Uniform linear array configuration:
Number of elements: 4
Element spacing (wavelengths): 0.5
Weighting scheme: uniform
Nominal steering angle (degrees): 0
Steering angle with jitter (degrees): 0.8518
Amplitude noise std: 0.05
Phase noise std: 0.05

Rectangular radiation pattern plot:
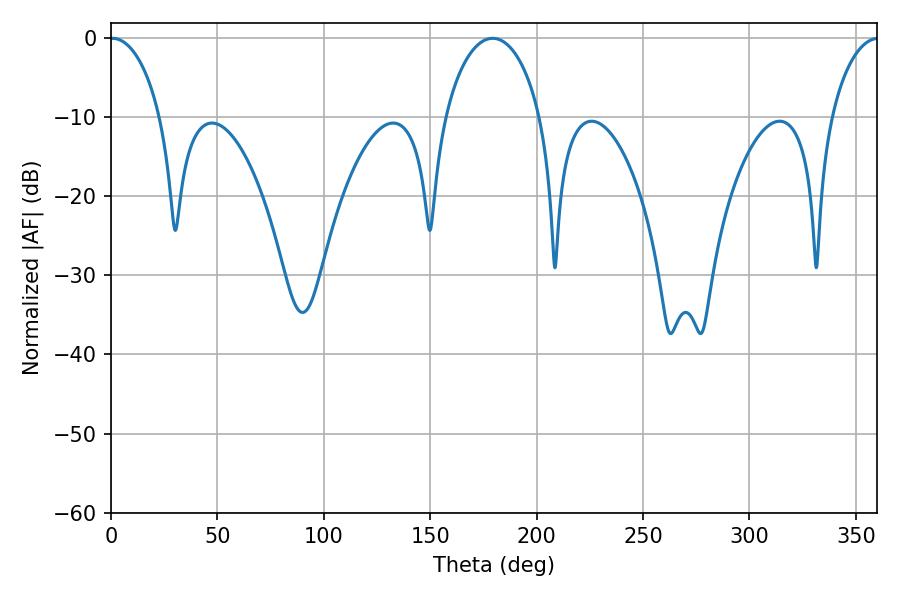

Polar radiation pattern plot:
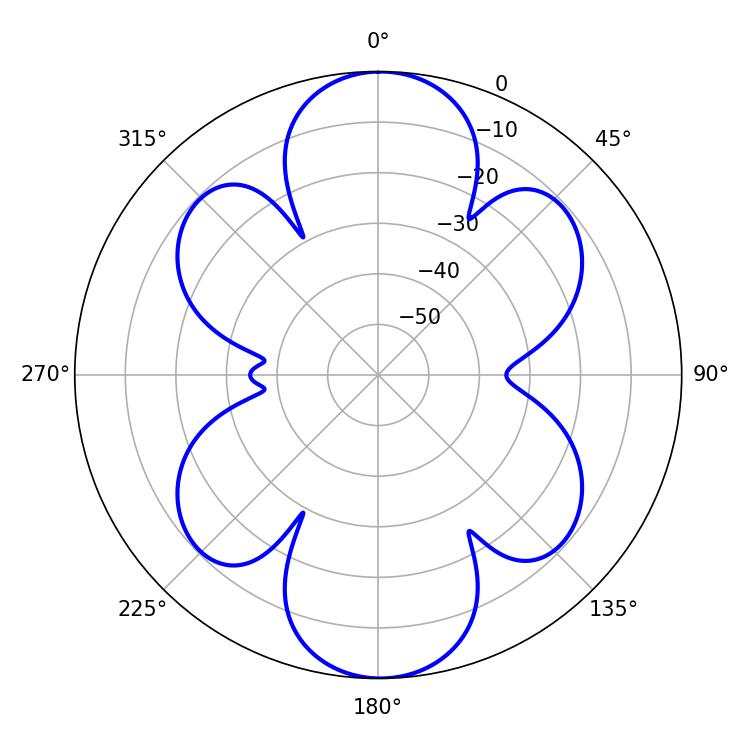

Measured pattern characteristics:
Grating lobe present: FALSE
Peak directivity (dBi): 22.235
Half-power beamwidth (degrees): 13.68
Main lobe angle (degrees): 0.72